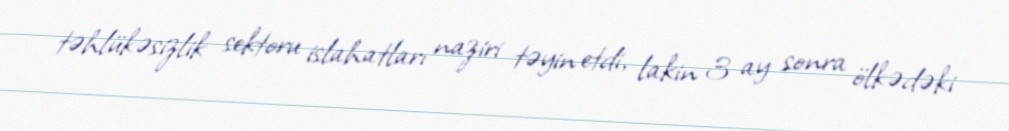
təhlükəsizlik sektoru islahatları naziri təyin etdi, lakin 3 ay sonra ölkədəki